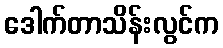
ဒေါက်တာသိန်းလွင်က